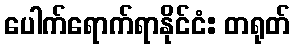
ပေါက်ရောက်ရာနိုင်ငံ: တရုတ်